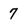
Character: 7